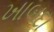
ખાબદા